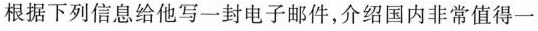
根据下列信息给他写一封电子邮件，介绍国内非常值得一